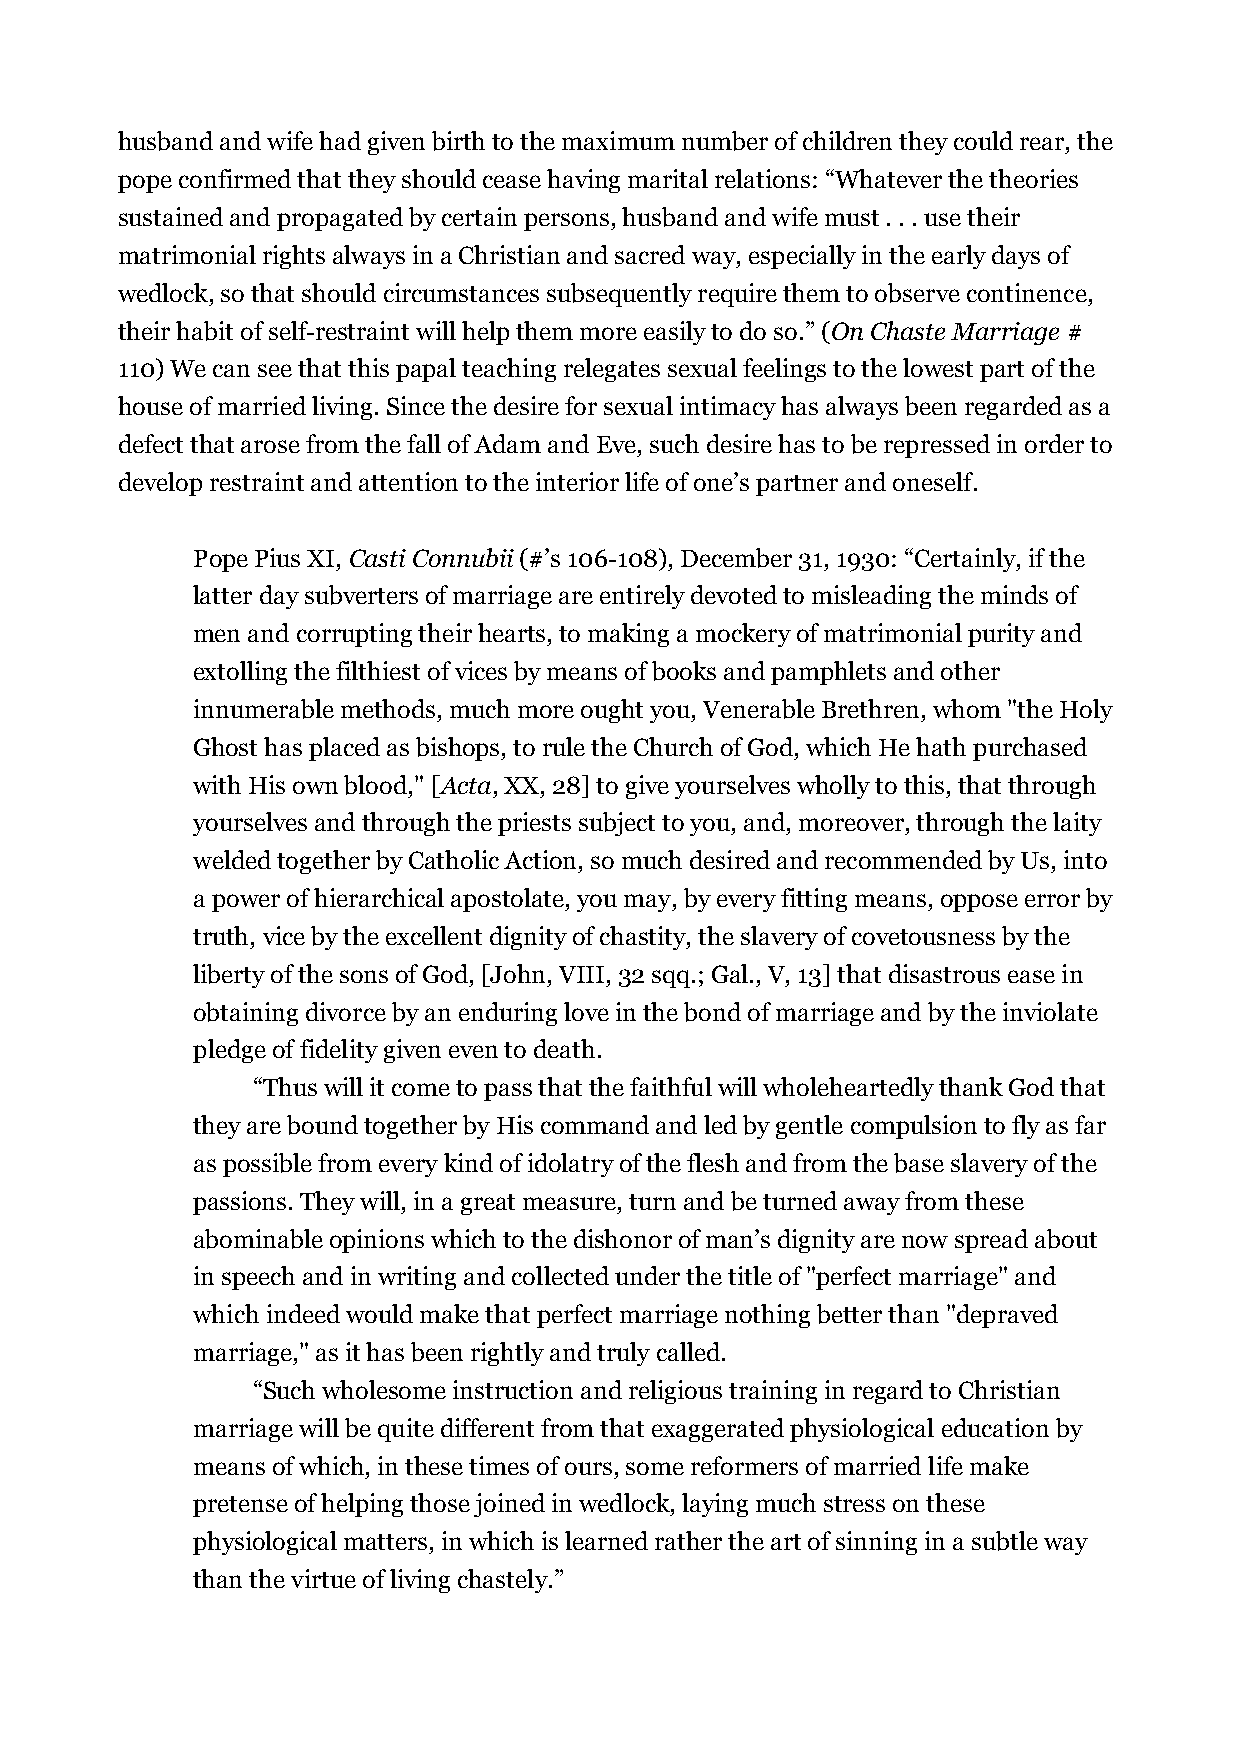
husband and wife had given birth to the maximum number of children they could rear, the
 pope confirmed that they should cease having marital relations: “Whatever the theories
 sustained and propagated by certain persons, husband and wife must . . . use their
 matrimonial rights always in a Christian and sacred way, especially in the early days of
 wedlock, so that should circumstances subsequently require them to observe continence,
 their habit of self-restraint will help them more easily to do so.” (On Chaste Marriage #
 110) We can see that this papal teaching relegates sexual feelings to the lowest part of the
 house of married living. Since the desire for sexual intimacy has always been regarded as a
 defect that arose from the fall of Adam and Eve, such desire has to be repressed in order to
 develop restraint and attention to the interior life of one’s partner and oneself.
 Pope Pius XI, Casti Connubii (#’s 106-108), December 31, 1930: “Certainly, if the
 latter day subverters of marriage are entirely devoted to misleading the minds of
 men and corrupting their hearts, to making a mockery of matrimonial purity and
 extolling the filthiest of vices by means of books and pamphlets and other
 innumerable methods, much more ought you, Venerable Brethren, whom "the Holy
 Ghost has placed as bishops, to rule the Church of God, which He hath purchased
 with His own blood," [Acta, XX, 28] to give yourselves wholly to this, that through
 yourselves and through the priests subject to you, and, moreover, through the laity
 welded together by Catholic Action, so much desired and recommended by Us, into
 a power of hierarchical apostolate, you may, by every fitting means, oppose error by
 truth, vice by the excellent dignity of chastity, the slavery of covetousness by the
 liberty of the sons of God, [John, VIII, 32 sqq.; Gal., V, 13] that disastrous ease in
 obtaining divorce by an enduring love in the bond of marriage and by the inviolate
 pledge of fidelity given even to death.
 “Thus will it come to pass that the faithful will wholeheartedly thank God that
 they are bound together by His command and led by gentle compulsion to fly as far
 as possible from every kind of idolatry of the flesh and from the base slavery of the
 passions. They will, in a great measure, turn and be turned away from these
 abominable opinions which to the dishonor of man’s dignity are now spread about
 in speech and in writing and collected under the title of "perfect marriage" and
 which indeed would make that perfect marriage nothing better than "depraved
 marriage," as it has been rightly and truly called.
 “Such wholesome instruction and religious training in regard to Christian
 marriage will be quite different from that exaggerated physiological education by
 means of which, in these times of ours, some reformers of married life make
 pretense of helping those joined in wedlock, laying much stress on these
 physiological matters, in which is learned rather the art of sinning in a subtle way
 than the virtue of living chastely.”